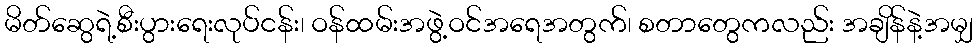
မိတ်ဆွေရဲ့စီးပွားရေးလုပ်ငန်း၊ ဝန်ထမ်းအဖွဲ့ဝင်အရေအတွက်၊ စတာတွေကလည်း အချိန်နဲ့အမျှ